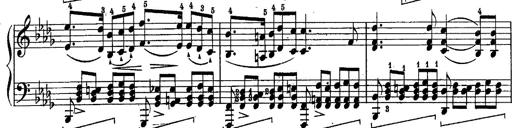
Title: Schubert's Impromptus [revised and edited by Franz Liszt]
Composer: Franz Liszt